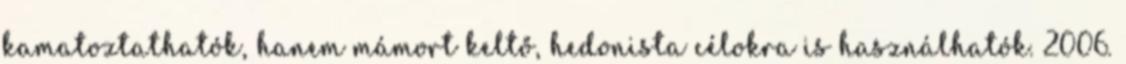
kamatoztathatók, hanem mámort keltő, hedonista célokra is használhatók. 2006.